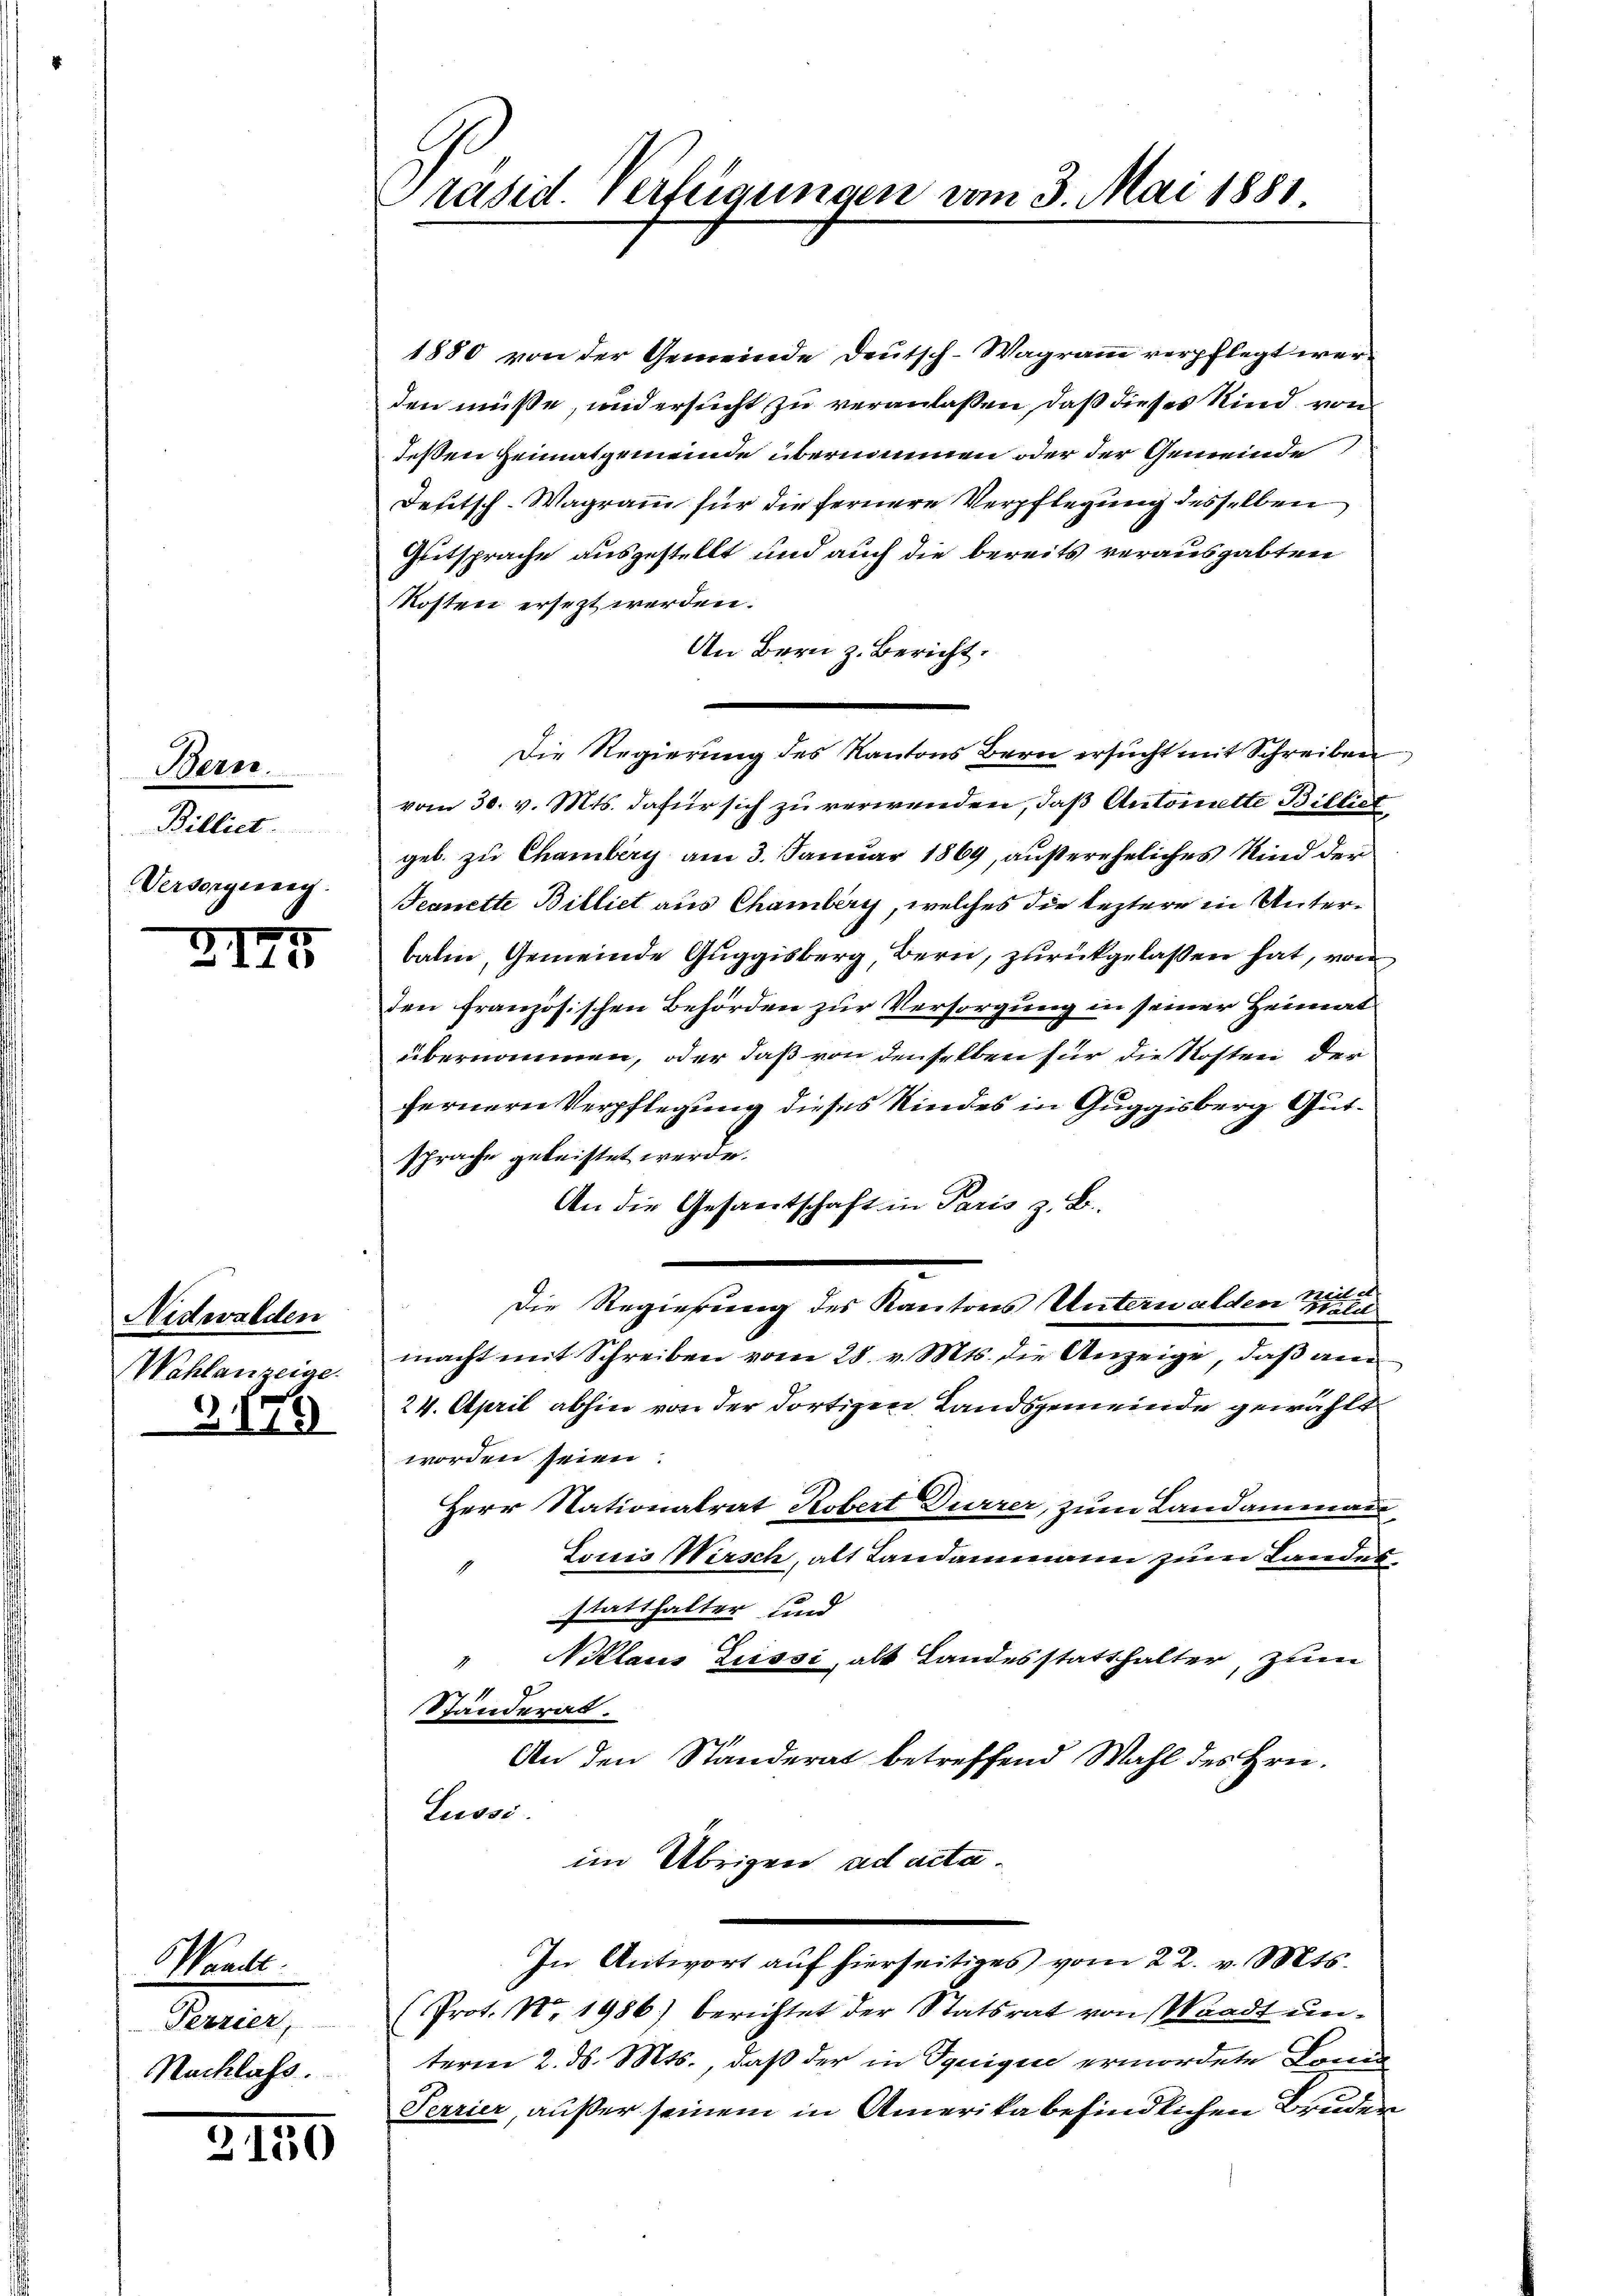
Bern.
Billiet.
Versorgewag

2175

Nidwalden
Wahlanzeige.

3179

Wande.
Peuer,
Nachlass.

3130

Präsid. Verfügungen vom 3. Mai 1881.

1880 von der Gemeinde Deutsch-Wagram verpflegt werden müsse, und ersucht zu veranlassen, daß dieses Kind von
deßen Heimatgemeinde übernommen oder der Gemeinde
Deutsch-Wagramm für die fernere Verpflegung desselben
Gutsprache ausgestellt und auch die bereits verausgabten
Kosten ersezt werden.
An Bern z. Bericht.
Die Regierung des Kantons Bern ersucht mit Schreiben
vom 30. v. Mts. dafür sich zu verwenden, daß Antomiette Billiet,
gel. zu Chamberg am 3. Januar 1869, außereheliches Kind der
Teanette Billiet aus Chamberg, welches die leztere in Unterbalm, Gemeinde Guggisberg Bern, zurückgelassen hat, von
den französischen Behörden zur Versorgung in seiner Heimat
übernommen, oder daß von denselben für die Kosten der
fernern Verpflegung dieses Kindes in Guggisberg Gutsprache geleistet werde.
An die Gesamtschaft in Paris z. B.
Teilet
Die Regierung des Kantons Unterwalden Wall
macht mit Schreiben vom 28. v. Mts. die Anzeige, daß am
24. April abhin von der dortigen Landsgemeinde gewählt
worden seien.
Herr Nationalrat Robert Dürrer, zum Landammann
Louis Wirsch, alt Landammann zum Landesstatthalter und
Niklaus Lissi, alt Landesstatthalter, zum
Ständerat.
An den Ständerat betreffend Wahl des Hrn.
Lussi
im Übrigen ad acta.
In Antwort auf hierseitiges vom 22. v. Mts.
(Prot. N. 1986) berichtet der Statsrat von Waadt unterm 2. ds. Mts., daß der in Spuigii ermordete Land
Perrier, außer seinem in Amerika befindlichen Bruder